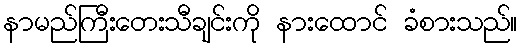
နာမည်ကြီးတေးသီချင်းကို နားထောင် ခံစားသည်။